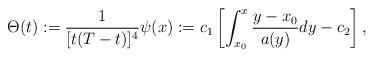
LaTeX: \begin{align*}\Theta(t) := \frac{1}{[t(T-t)]^4} \psi(x) := c_1\left[\int_{x_0}^x \frac{y-x_0}{a(y)}dy- c_2\right],\end{align*}